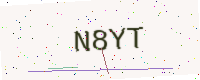
Text: N8YT